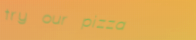
try our pizza